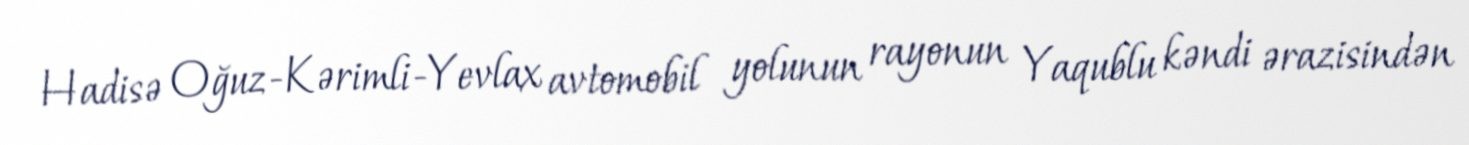
Hadisə Oğuz-Kərimli-Yevlax avtomobil yolunun rayonun Yaqublu kəndi ərazisindən